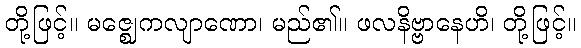
တို့ဖြင့်။ မဇ္ဈေကလျာဏော၊ မည်၏။ ဖလနိဗ္ဗာနေဟိ၊ တို့ဖြင့်။